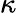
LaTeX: \displaystyle\kappa